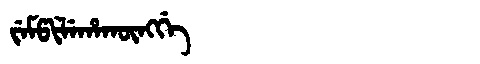
Manchu: ᠵᡝᠮᡦᡳᠯᡝᡥᠠᡴᡡᠩᡤᡝ
Romanization: JEMPILEHAKŪNGGE